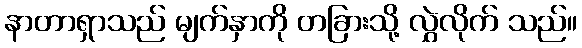
နာတာရှာသည် မျက်နှာကို တခြားသို့ လွှဲလိုက် သည်။